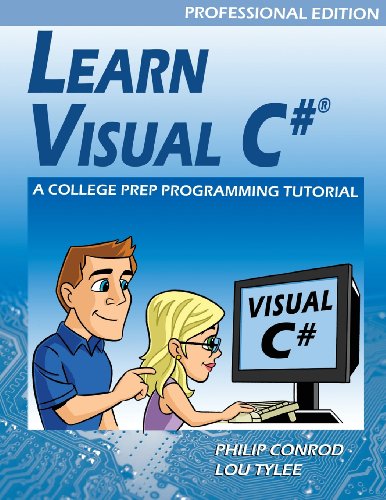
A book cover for Learn Visual C# Professional Edition - A College Prep Programming Tutorial; Philip Conrod; Children's Books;